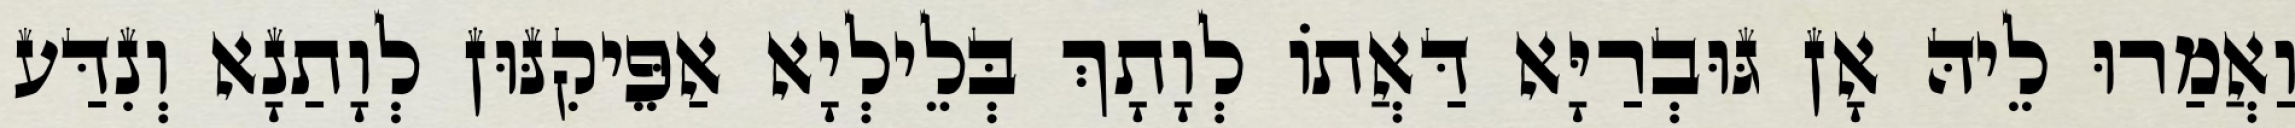
וַאֲמַרוּ לֵיהּ אָן גּוּבְרַיָּא דַּאֲתוֹ לְוָתָךְ בְּלֵילְיָא אַפֵּיקִנּוּן לְוָתַנָא וְנִדַּע